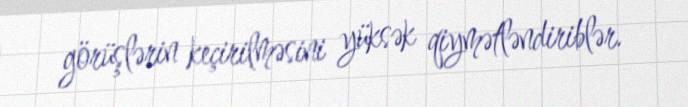
görüşlərin keçirilməsini yüksək qiymətləndiriblər.